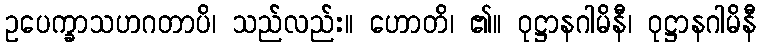
ဥပေက္ခာသဟဂတာပိ၊ သည်လည်း။ ဟောတိ၊ ၏။ ဝုဋ္ဌာနဂါမိနီ၊ ဝုဋ္ဌာနဂါမိနီ